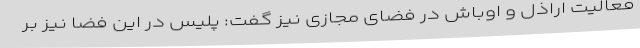
فعالیت اراذل و اوباش در فضای مجازی نیز گفت: پلیس در این فضا نیز بر